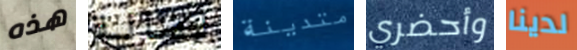
هذه لصالة متدينة وأحضري لدينا